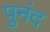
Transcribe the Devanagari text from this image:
पुनंद